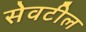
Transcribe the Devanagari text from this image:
सेवटील